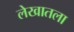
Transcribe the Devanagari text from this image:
लेखातला